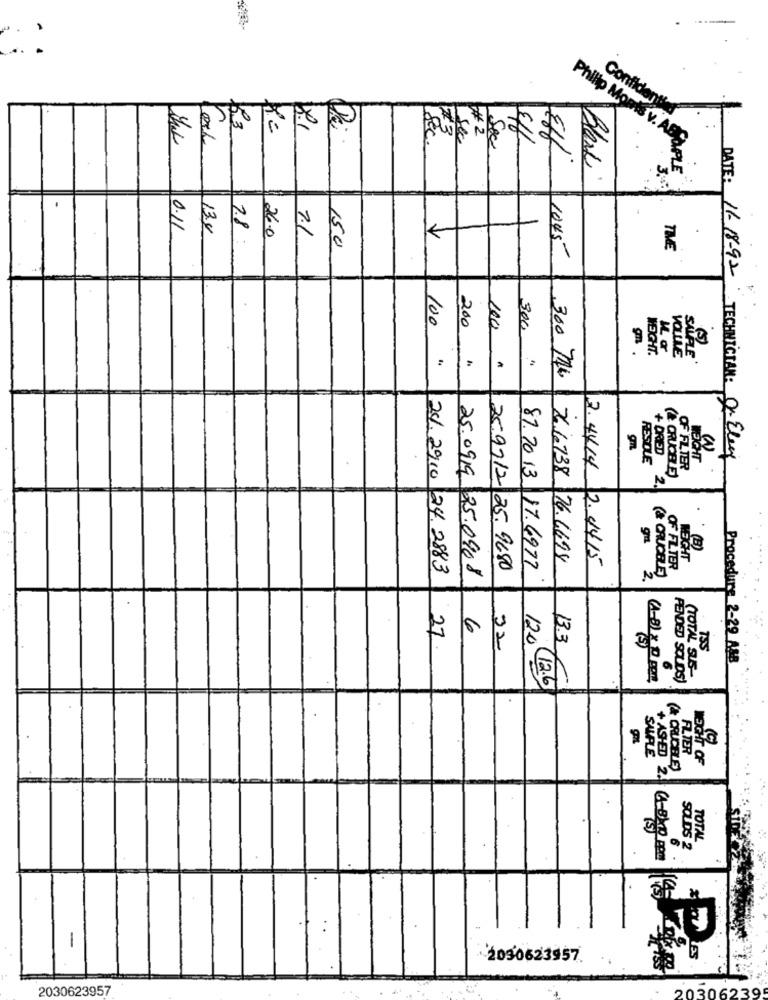
R.3
Confidentiel
#2
..
sec
Sec
Eff
Eff
Philip Monts v. ABS
.
Black
3.
0.11
13.4
7.8
26.0
7.1
150
1045
TIME
DATE: 16-18-92
100
200
300
(5)
m .
HEIGHT.
VOLTE
SALFLE
300 774
gn
WEIGHT
TECHNICIAN: O- Elegy
RESDLE
+ DRIED
OF FLIER
(B)
76 16738 76.6698
7.4414 2.4415
24. 2910 24. 2883
25.09.19 25.0908
259712 25. 9680
87.2013. 17.6977
OF FILTER
2
6
27
13.3
32
Procedure 2-29 AAB
6
(A-8) x 0 pont,
FENDED SOLDS)
CTOTAL SUS-
120 12.6
SAMPLE
ALTER
WEIGHT OF
& CRUCELE)
+ ASHED 2.
TOTAL
SOLDS 2
-
2090623957.
2030623957
2030623